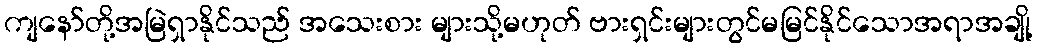
ကျနော်တို့အမြဲရှာနိုင်သည် အသေးစား များသို့မဟုတ် ဗားရှင်းများတွင်မမြင်နိုင်သောအရာအချို့